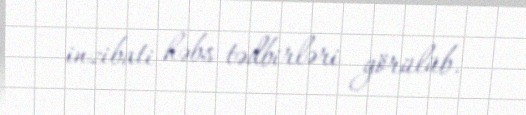
inzibati həbs tədbirləri görülüb.